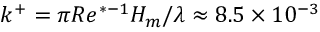
k ^ { + } = \pi R e ^ { * - 1 } H _ { m } / \lambda \approx 8 . 5 \times 1 0 ^ { - 3 }